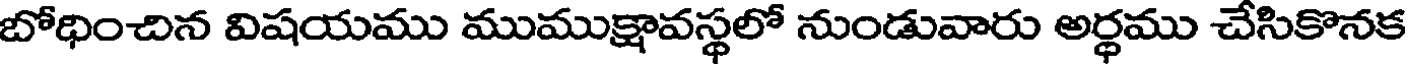
బోధించిన విషయము ముముక్షావస్థలో నుండువారు అర్ధము చేసికొనక